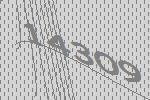
14309